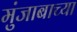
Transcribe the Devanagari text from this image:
मुंजाबाच्या